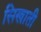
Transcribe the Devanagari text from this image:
सिखाती